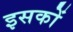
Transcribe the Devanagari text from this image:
इसकों